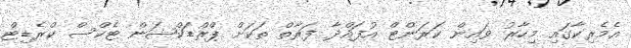
އެމެރިކާގައި މިހާރު ވައިން ކަރަންޓް އުފައްދާ ފަރާތް ތަކަށް ޕްރްޑަކްޝަން ޓެކްސް ކްރެޑިޓް